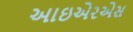
આઇએરએસ